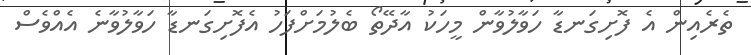
ތެރެއިން އެ ފޮށިގަނޑާ ހަވާލުވާން މީހަކު އާދޭތޯ ބެލުމަށްފަހު އެފޮށިގަނޑާ ހަވާލުވާނެ އެއްވެސް